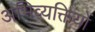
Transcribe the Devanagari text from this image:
अभिव्‍यक्तियों